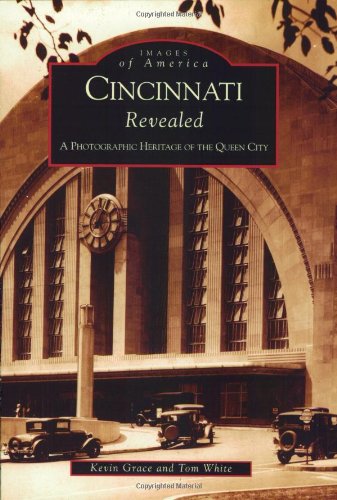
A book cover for Cincinnati Revealed: A Photographic  Heritage  of the Queen City  (OH)  (Images of America); Kevin Grace; Travel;